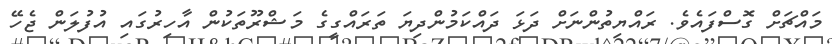
މައްޗަށް ގޮސްފައެވެ. ރައްޔިތުންނަށް ދަޅަ ދައްކަމުންދިޔަ ތަރައްގީގެ މަޝްރޫތަކުން އާހިރުގައި އުފުލަން ޖެހޭ